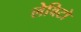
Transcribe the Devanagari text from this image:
लेविटो